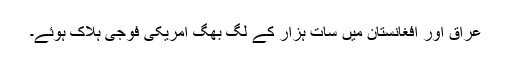
عراق اور افغانستان میں سات ہزار کے لگ بھگ امریکی فوجی ہلاک ہوئے۔